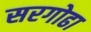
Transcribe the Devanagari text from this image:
सरगोढा